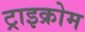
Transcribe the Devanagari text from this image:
ट्राइक्रोम